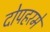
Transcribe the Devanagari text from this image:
दोपहरमें